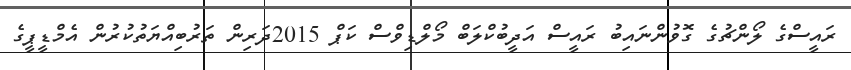
ރައީސްގެ ލޯންޗުގެ ގޮވުންނައިބު ރައީސް އަދީބުކްލަބް މޯލްޑިވްސް ކަޕް 2015ދަރިން ތަރުބިއްޔަތުކުރުން އެމްޑީޕީގެ